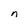
Character: n